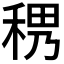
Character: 𥟄